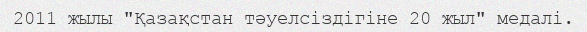
2011 жылы "Қазақстан тәуелсіздігіне 20 жыл" медалі.